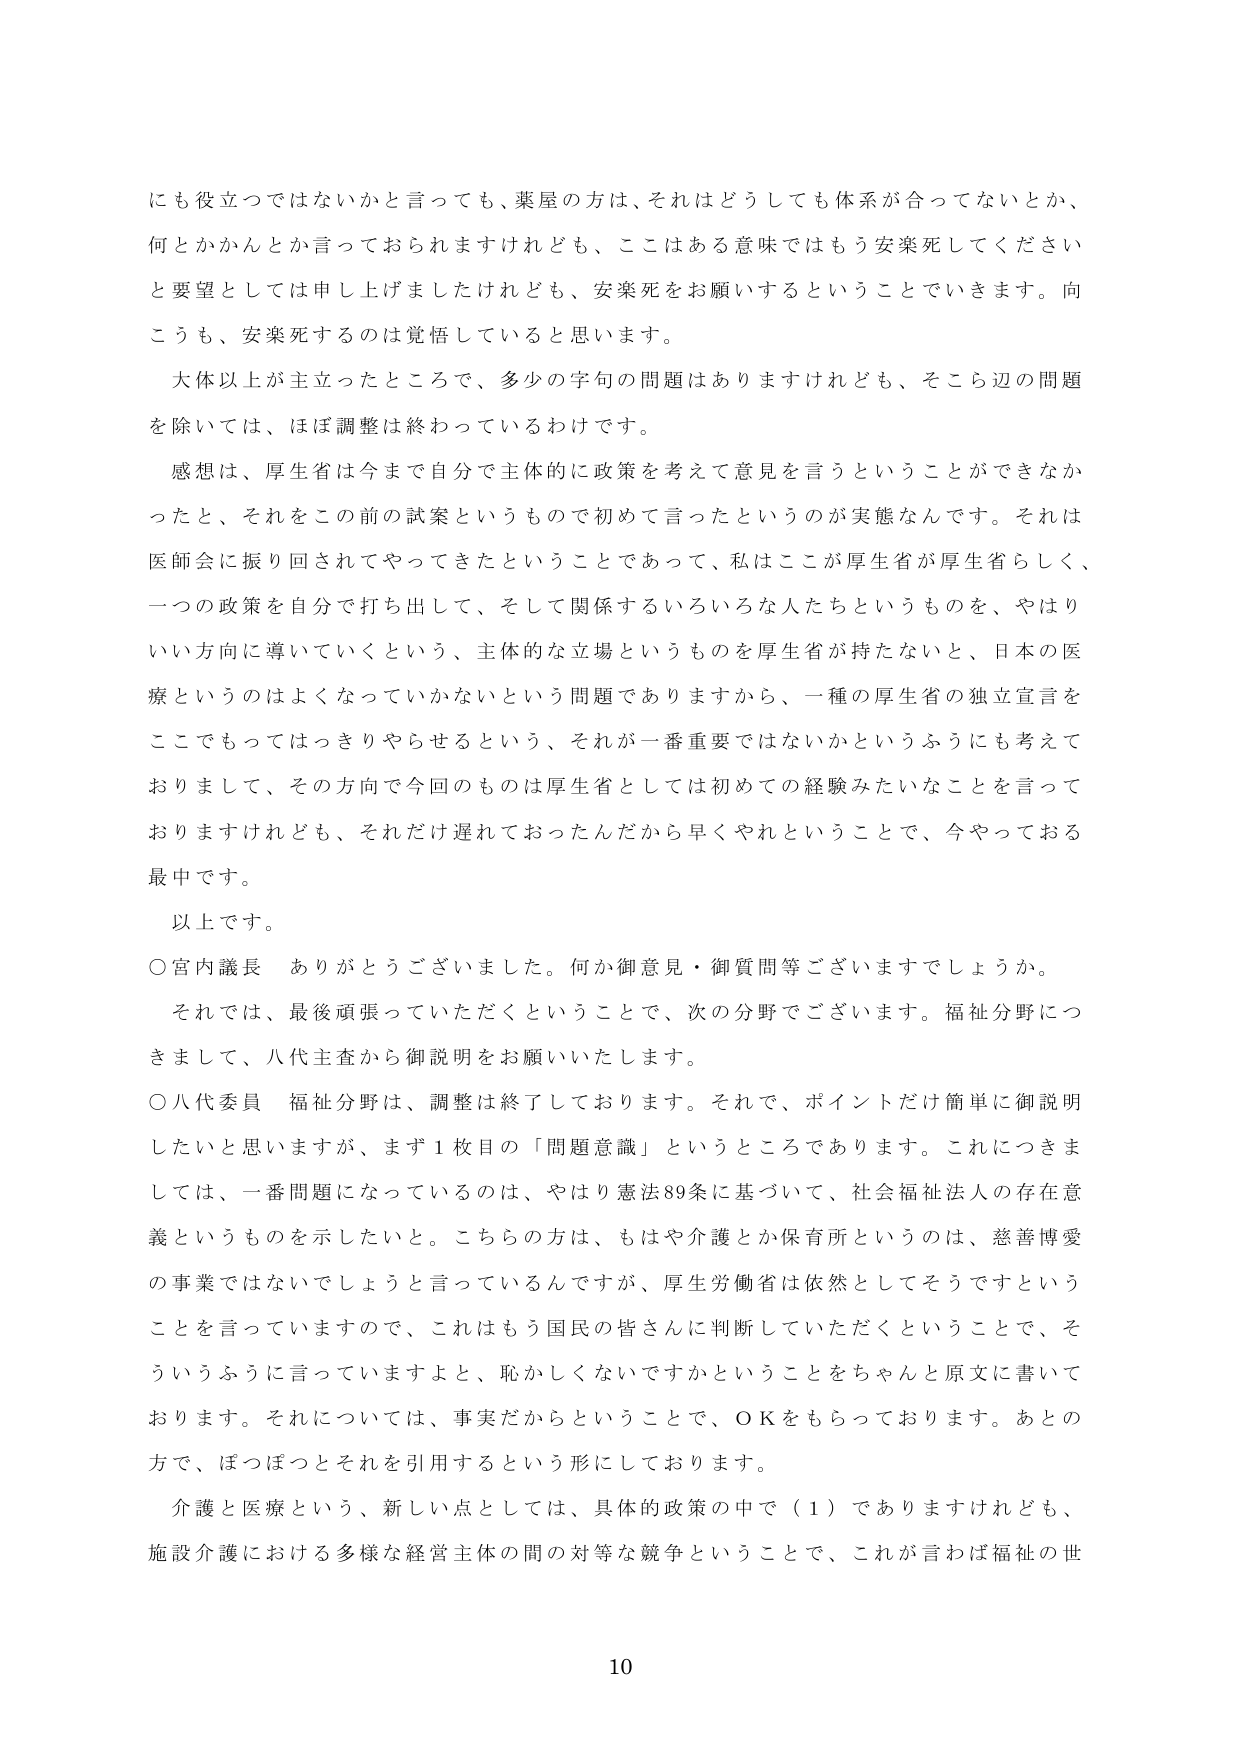
にも役立つではないかと言っても、薬屋の方は、それはどうしても体系が合ってないとか、
何とかかんとか言っておられますけれども、ここはある意味ではもう安楽死してください
と要望としては申し上げましたけれども、安楽死をお願いするということでいきます。向
こうも、安楽死するのは覚悟していると思います。
大体以上が主立ったところで、多少の字句の問題はありますけれども、そこら辺の問題
を除いては、ほぼ調整は終わっているわけです。
感想は、厚生省は今まで自分で主体的に政策を考えて意見を言うということができなか
ったと、それをこの前の試案というもので初めて言ったというのが実態なんです。それは
医師会に振り回されてやってきたということであって、私はここが厚生省が厚生省らしく、
一つの政策を自分で打ち出して、そして関係するいろいろな人たちというものを、やはり
いい方向に導いていくという、主体的な立場というものを厚生省が持たないと、日本の医
療というのはよくなっていかないという問題でありますから、一種の厚生省の独立宣言を
ここでもってはっきりやせるという、それが一番重要ではないかというふうにも考えて
おりまして、その方向で今回のものは厚生省としては初めての経験みたいなことを言って
おりますけれども、それだけ遅れておったんだから早くやれということで、今やっておる
最中です。
以上です。
○宮内議長　ありがとうございました。何か御意見・御質問等ございますでしょうか。
それでは、最後頑張っていただくということで、次の分野でございます。福祉分野につ
きまして、八代主査から御説明をお願いいたします。
○八代委員　福祉分野は、調整は終了しております。それで、ポイントだけ簡単に御説明
したいと思いますが、まず１枚目の「問題意識」というところがあります。これにつきま
しては、一番問題になっているのは、やはり憲法89条に基づいて、社会福祉法人の存在意
義というものを示したいと。こちらの方は、もはや介護とか保育所というのは、慈善博愛
の事業ではないでしょうと言っているんですが、厚生労働省は依然としてそうですという
ことを言っていますので、これはもう国民の皆さんに判断していただくということで、そ
ういうふうに言っていますよと、恥かしくないですかということをちゃんと原文に書いて
おります。それについては、事実だからということで、ＯＫをもらっております。あとの
方で、ほっぽっとそれを引用するという形にしております。
介護と医療という、新しい点としては、具体的政策の中で（１）でありますけれども、
施設介護における多様な経営主体の間の対等な競争ということで、これが言わば福祉の世
10